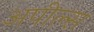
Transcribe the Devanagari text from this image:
अपील्‍स